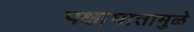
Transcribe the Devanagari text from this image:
पक्षाघातामुळे